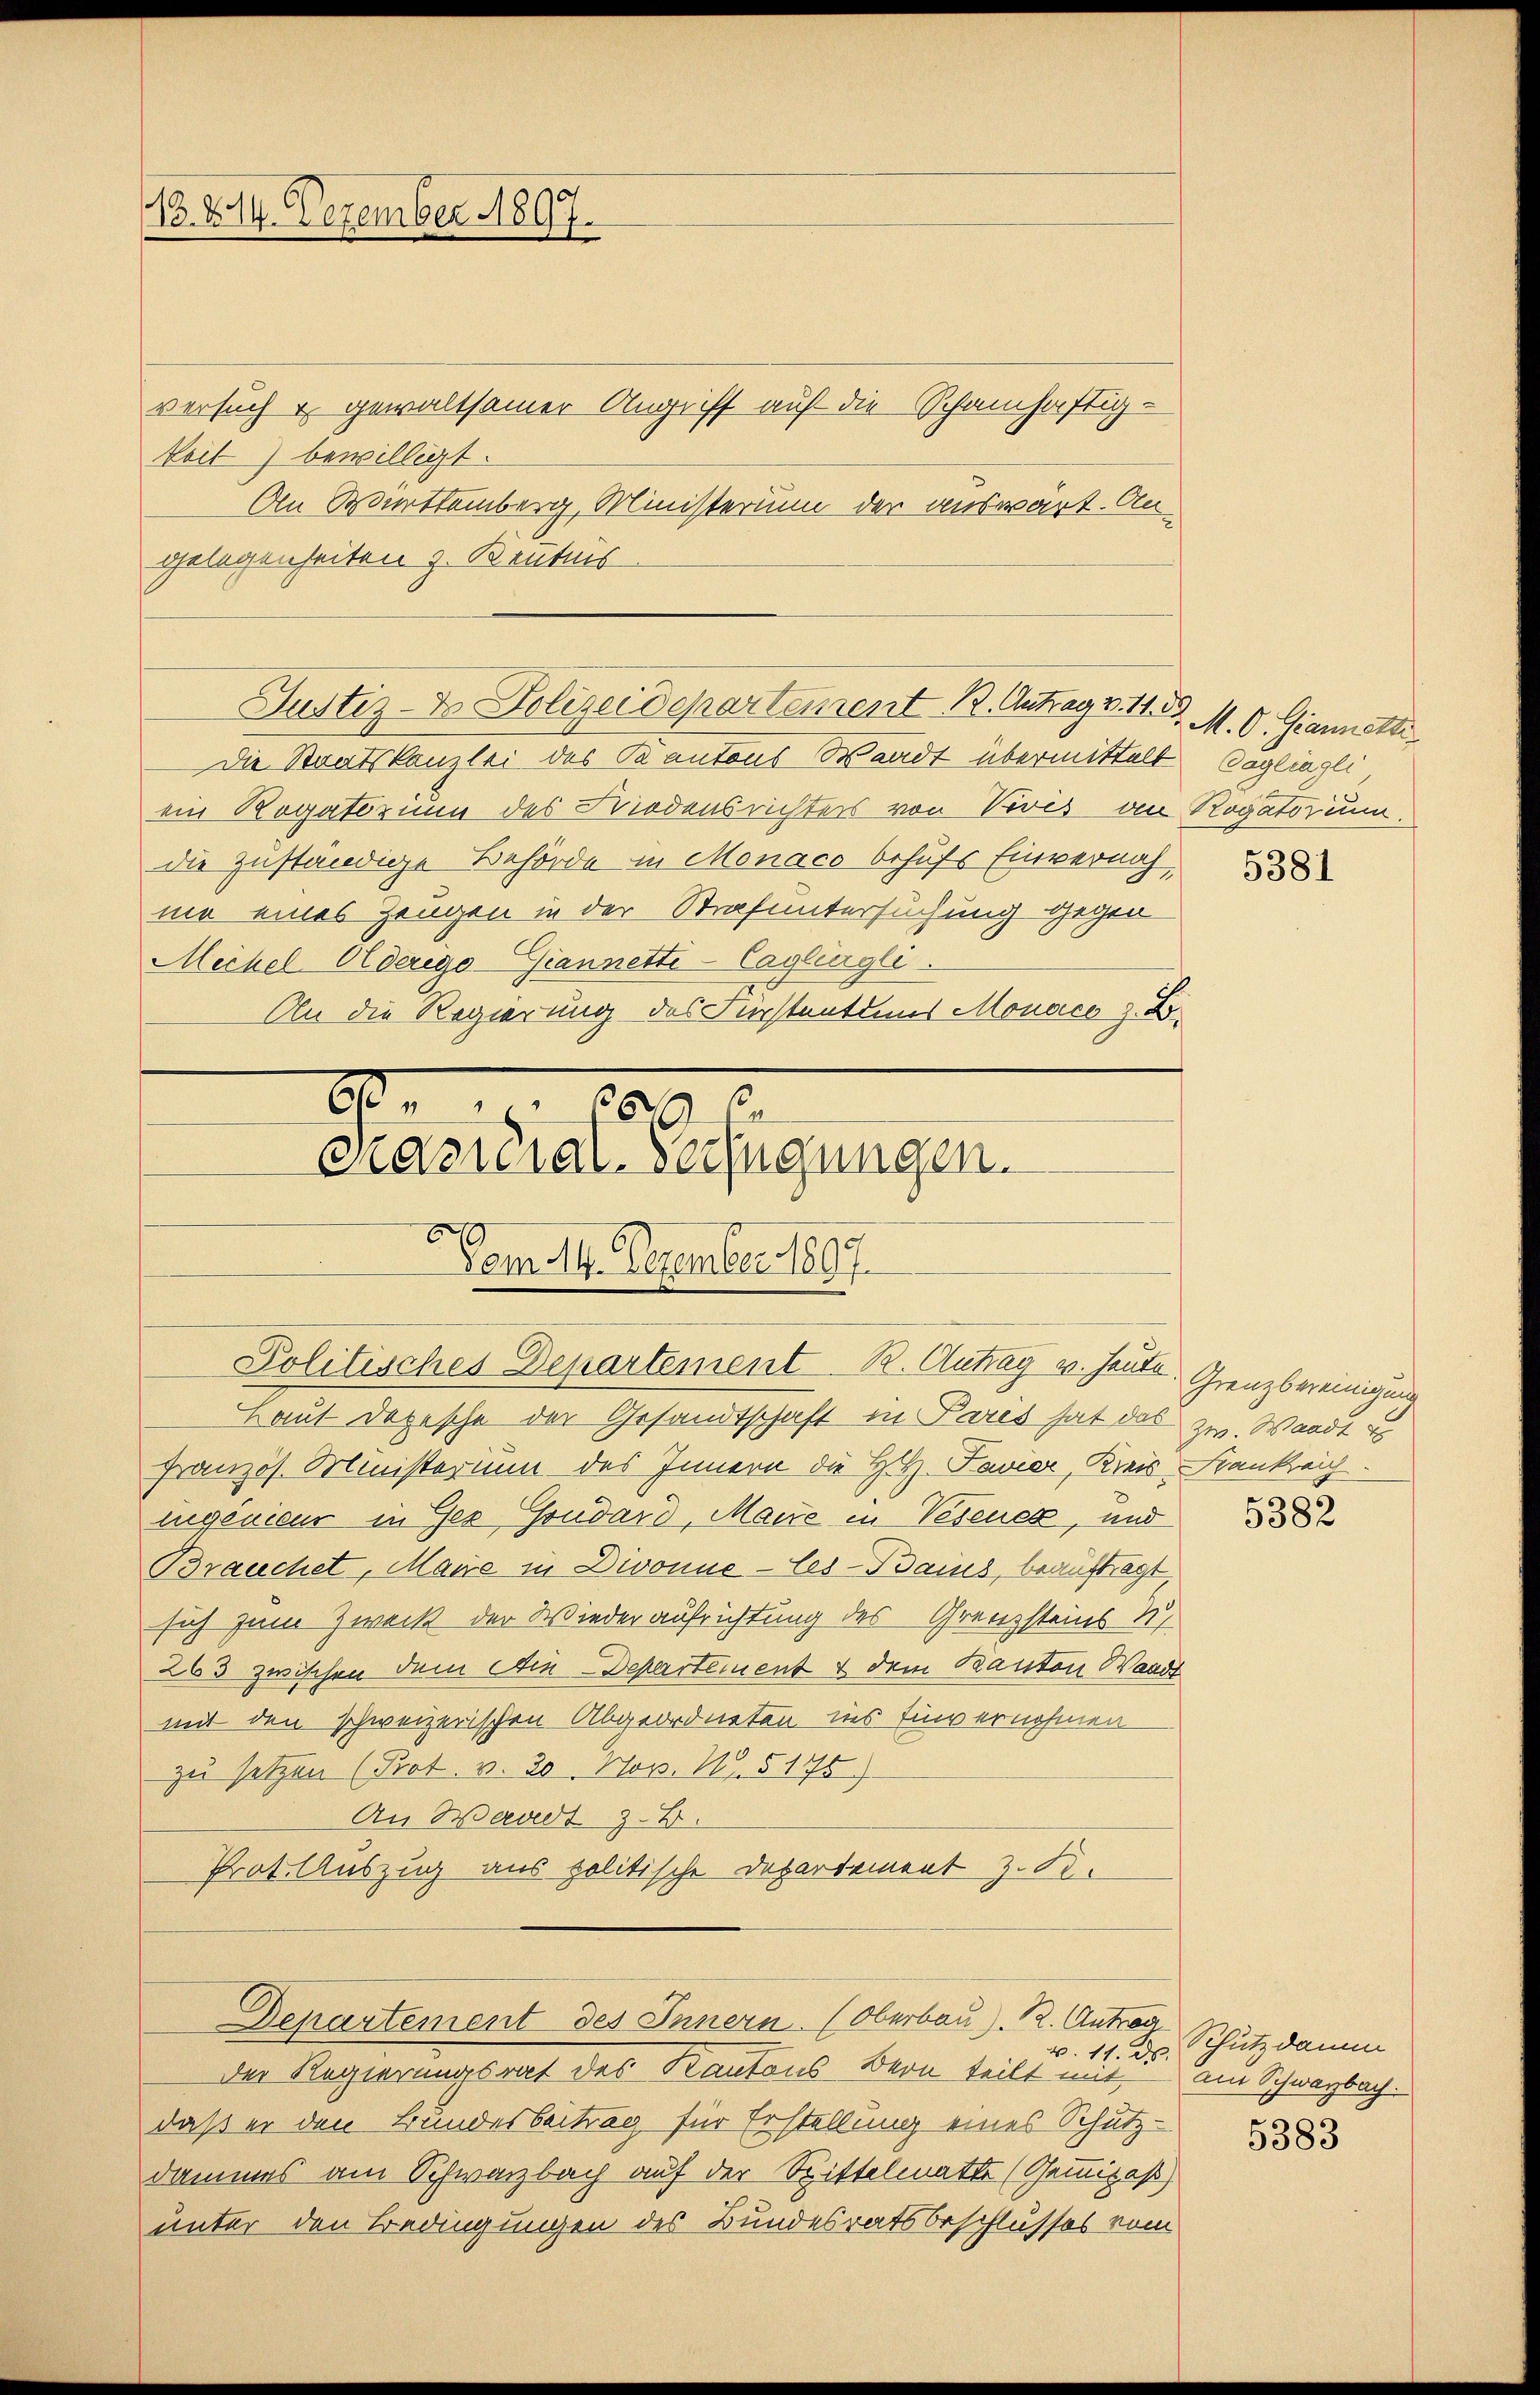
13. 214. Dezember 1897.

versuch & gewaltsamer Angriff auf die Schamhaftig-
keit) bewilligt.
An Württemberg, Ministerium der auswärt. An
gelegenheiten z. Kenntnis
Die Staatskanzlei des Kantons Waadt übermittelt Vogliagli
ein Rogatorium des Friodensrichters von Peris an Rogatorium,
die zuständige Behörde in Monaco behufs Einvernah
mir eines Zeugen in der Strafuntersuchung gegen
Mechel Olderigo-Giannette-Caglingli
An die Regierung des Fürstentius Monaco z. B.

Justiz- & Polizeidepartement B. Antrag v. 16. d. M. O. Giannatte

casuial-Verfügungen.
Vom 14. Dezember 1897
Politisches Departement R. Antrag v. heute. Grenzbereinigung

1 1890
C

Laut Depesche der Gesandtschaft in Paris hat das zw. Waadt is
Französ. Ministerium des Innern die H.H. Savier, Kreis Krankreich.
lugenieur in Ges Gondard, Maure in Vesener, und
Brauchet, Maire in Divonne-les-Bains, beauftragt,
sich zum Zweck der Wiederaufrichtung des Grenzsteins 17
263 zwischen dem Ain-Departement & dem Kanton Waadt
mit den schweizerischen Abgeordneten ins Einvernohmen
zu setzen (Prot. v. 20. Nov. N. § 175)
An Waadt z. B.
Prot. Auszug aus politische Departement z. B.
Departement des Innern. (Oberbau 12. Ant. Schutzdamm
v. 17. ds.
Der Regierungsrat des Kantons Bern teilt mit, am Schwarzbach
daß er den Bundesbeitrag für Erstellung eines Schutz-
dammes am Schwarzbach auf der Sittelmatte (Gemisaß)
unter den Bedingungen des Bundesratsbeschlusses vom

5381

5382